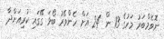
ނޮވެމްބަރު މަހުގެ 13 ން 24 އަށް ހެންވޭރު ބޯޅަ ގޭގައި ކުރިއަށްދާ